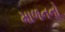
માળનનો